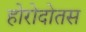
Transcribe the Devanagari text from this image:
होरोदोतस